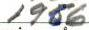
1956